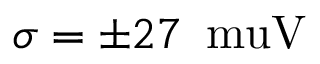
\sigma = \pm 2 7 \, \mathrm { \ m u V }